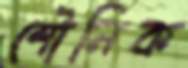
শৌনিক